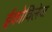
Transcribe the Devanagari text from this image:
ईकोविलेज